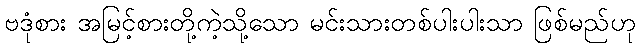
ဗဒုံစား အမြင့်စားတို့ကဲ့သို့သော မင်းသားတစ်ပါးပါးသာ ဖြစ်မည်ဟု